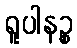
ရူပါနဉ္စ